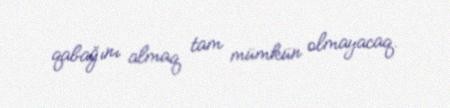
qabağını almaq tam mümkün olmayacaq.